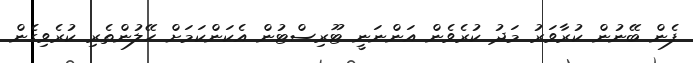
ފެން ބޭނުން ކުރާވަރު މަދު ކުރެވެން އަންނަނީ ޓޫރިސްޓުން އެކަންކަމަށް ހޭލުންތެރި ކުރެވިގެން